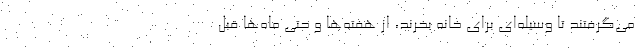
می‌گرفتند تا وسیله‌ای برای خانه بخرند، از هفته‌ها و حتی ماه‌ها قبل